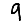
Digit: 9